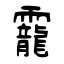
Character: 龗